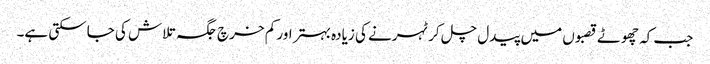
جب کہ چھوٹے قصبوں میں پیدل چل کر ٹہرنے کی زیادہ بہتر اور کم خرچ جگہ تلاش کی جاسکتی ہے۔